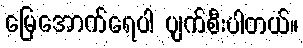
မြေအောက်ရေပါ ပျက်စီးပါတယ်။